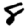
Digit: 8